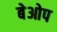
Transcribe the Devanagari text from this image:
बेओप